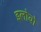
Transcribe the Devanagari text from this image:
इलोवो